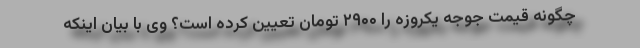
چگونه قیمت جوجه یکروزه را ۲۹۰۰ تومان تعیین کرده است؟ وی با بیان اینکه